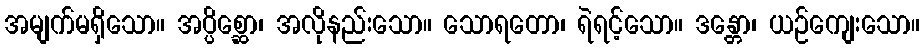
အမျက်မရှိသော။ အပ္ပိစ္ဆော၊ အလိုနည်းသော။ သောရတော၊ ရဲရင့်သော။ ဒန္တော၊ ယဉ်ကျေးသော။